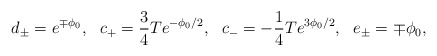
\begin{align*}d_{\pm} =e^{\mp \phi_0}, \ \ c_+=\frac{3}{4} T e^{-\phi_0/2}, \ \ c_-=-\frac{1}{4} T e^{ 3 \phi_0/2}, \ \ e_\pm =\mp \phi_0,\end{align*}